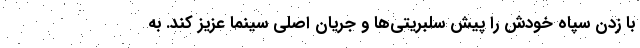
با زدن سپاه خودش را پیش سلبریتی‌ها و جریان اصلی سینما عزیز کند. به